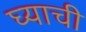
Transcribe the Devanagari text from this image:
घ्याची